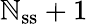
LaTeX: \mathbb{N}_{\mathrm{{ss}}}+1